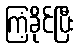
ကြံ့ခိုင်ပြီး